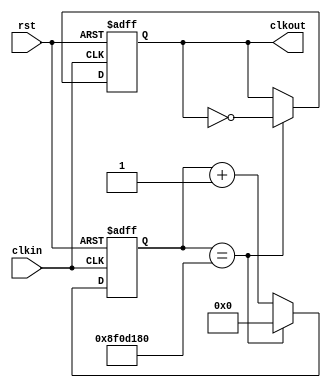
`timescale 1ns / 1ps
//////////////////////////////////////////////////////////////////////////////////
// Company: 
// Engineer: 
// 
// Design Name: 
// Module Name: LongClkDivider
// Project Name: 
// Target Devices: 
// Tool Versions: 
// Description: 
// 
// Dependencies: 
// 
// Revision:
// Revision 0.01 - File Created
// Additional Comments:
// 
//////////////////////////////////////////////////////////////////////////////////


module LongClkDivider(
    input clkin,
    input rst,
    output reg clkout
    );
    
    reg [27:0] counter;
    
    always @(posedge clkin or posedge rst)begin
        if(rst) begin
            counter = 0;
            clkout = 0;
        end
        else if(counter == 28'b1000111100001101000110000000)begin
            clkout = ~clkout;
            counter = 0;
        end 
        else begin
            counter = counter+1;
        end
    end
endmodule